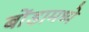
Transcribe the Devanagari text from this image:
बोंडामध्ये